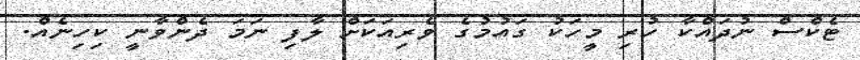
ޓެކްސް ނުދައްކާ ހުރި މީހަކު ގައުމުގެ ވެރިއަކަށް ލާފި ނަމަ ދެންވާނީ ކިހިނެއް.